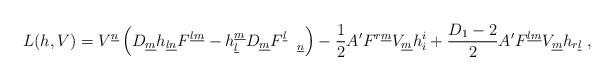
LaTeX: \begin{align*}L(h,V)=V^{\underline n}\left(D_{\underline m}h_{\underline l \underline n}F^{\underline l\underline m} -h_{\underline l}^{\underline m}D_{\underline m}F^{\underline l}_{\quad \underline n}\right)-\frac{1}{2}A' F^{r \underline m}V_{\underline m}h_i^i+\frac{D_1-2}{2}A' F^{\underline l \underline m}V_{\underline m}h_{r\underline l}~,\end{align*}